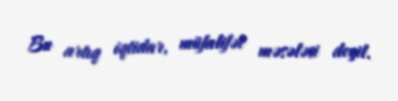
Bu artıq iqtidar, müfalifət məsələsi deyil.